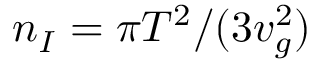
{ n _ { I } = \pi { T } ^ { 2 } / ( 3 v _ { g } ^ { 2 } ) }